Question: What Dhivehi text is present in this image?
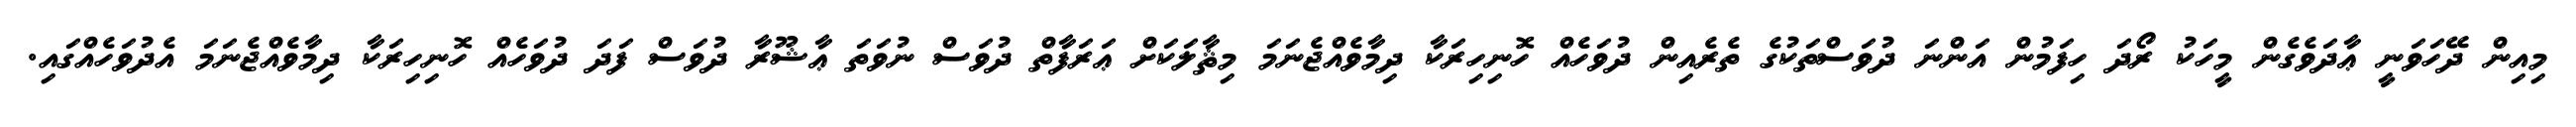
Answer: މިއިން ދޭހަވަނީ ޢާދަވެގެން މީހަކު ރޯދަ ހިފަމުން އަންނަ ދުވަސްތަކުގެ ތެރެއިން ދުވަހެއް ހޮނިހިރަކާ ދިމާވެއްޖެނަމަ މިޘާލަކަށް ޢަރަފާތް ދުވަސް ނުވަތަ ޢާޝޫރާ ދުވަސް ފަދަ ދުވަހެއް ހޮނިހިރަކާ ދިމާވެއްޖެނަމަ އެދުވަހެއްގައި.